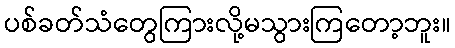
ပစ်ခတ်သံတွေကြားလို့မသွားကြတော့ဘူး။